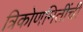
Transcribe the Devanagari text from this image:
त्रिकोणमितींची